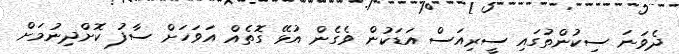
ދެވަނަ ސިކުންތުގައި ސީރިއަސް އަޑަކުން ވެގެން އުޅޭ ގޮތެއް އަވަހަށް ސާފު ކޮށްދިނުމަށް